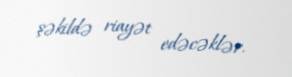
şəkildə riayət edəcəklər.